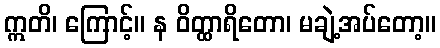
ဣတိ၊ ကြောင့်။ န ဝိတ္ထာရိတော၊ မချဲ့အပ်တော့။